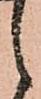
之